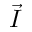
\vec { I }